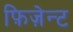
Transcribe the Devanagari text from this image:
फ़िज़ेन्ट